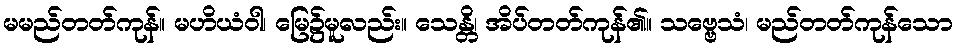
မမည်တတ်ကုန်။ မဟိယံဝါ၊ မြေ၌မူလည်း။ သေန္တိ၊ အိပ်တတ်ကုန်၏။ သဗ္ဗေသံ၊ မည်တတ်ကုန်သော